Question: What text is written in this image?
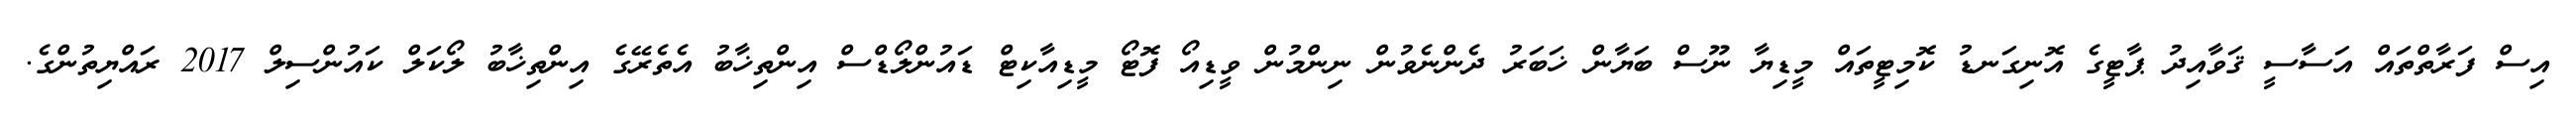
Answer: އިސް ފަރާތްތައް އަސާސީ ޤަވާއިދު ޕާޓީގެ އޮނިގަނޑު ކޮމިޓީތައް މީޑިޔާ ނޫސް ބަޔާން ޚަބަރު ދެންނެވުން ނިންމުން ވީޑިއޯ ފޮޓޯ މީޑިއާކިޓް ޑައުންލޯޑްސް އިންތިޚާބު އެތެރޭގެ އިންތިޚާބު ލޯކަލް ކައުންސިލް 2017 ރައްޔިތުންގެ.